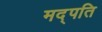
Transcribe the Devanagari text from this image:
मद्पति